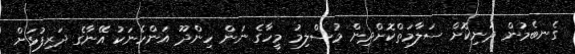
ގެނބެމުން ދަނިކޮށް ސަލާމަތްކޮށްދިން މުސްލިމު މީހާގެ ނަން ހިންދޫ އަންހެނަކު އޭނާގެ ދަރިފުޅަށް